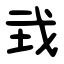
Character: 㦱